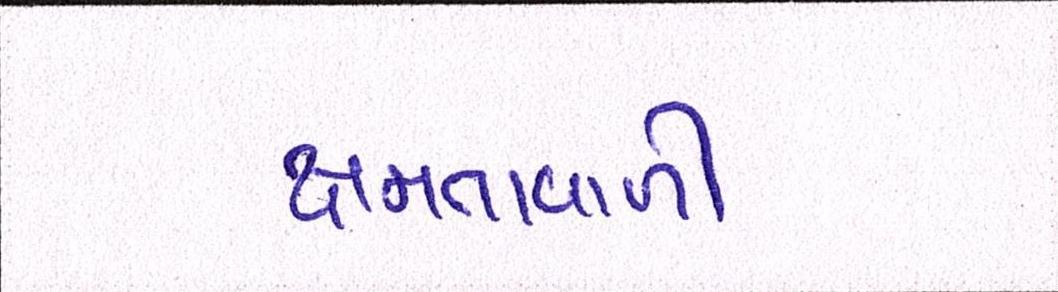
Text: ક્ષમતાવાળી